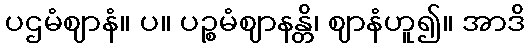
ပဌမံဈာနံ။ ပ။ ပဉ္စမံဈာနန္တိ၊ ဈာနံဟူ၍။ အာဒိ